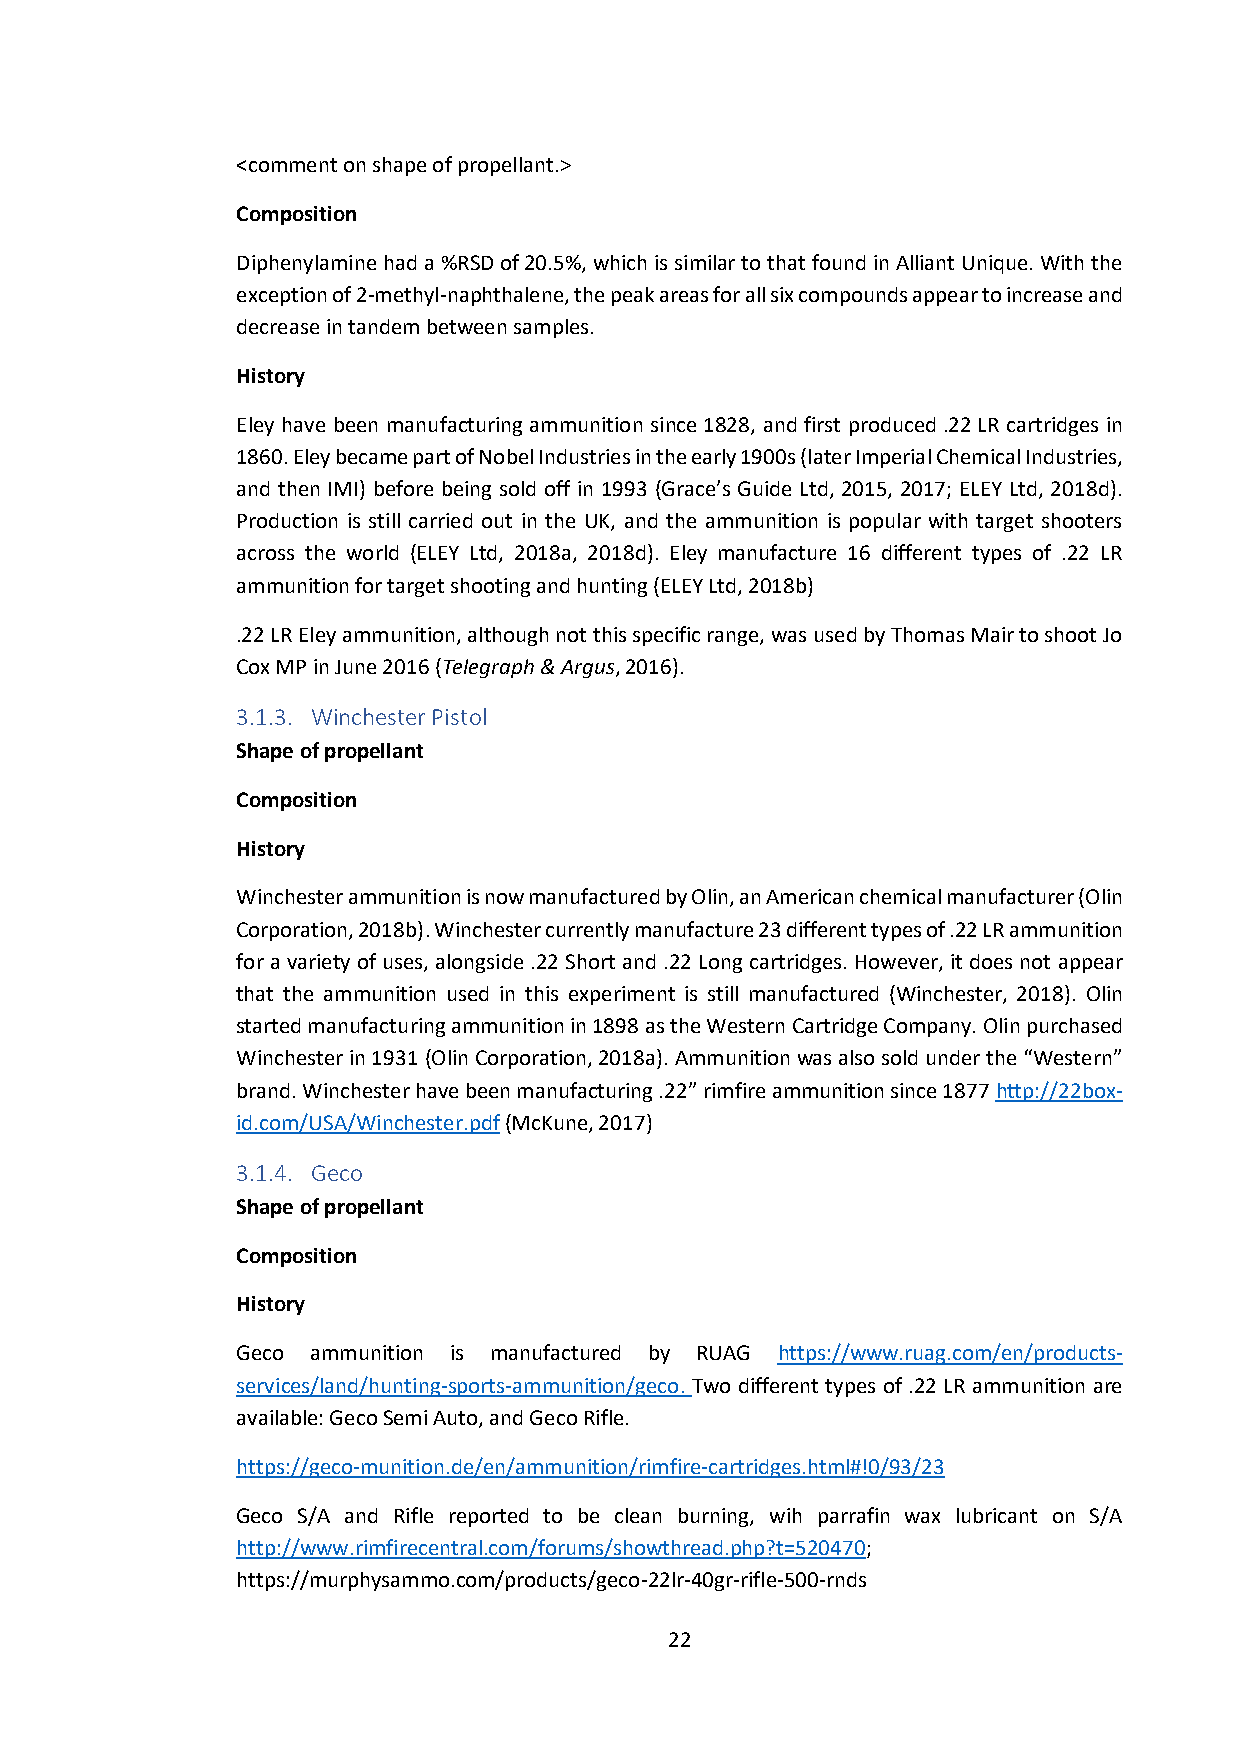
<comment on shape of propellant.>
 Composition
 Diphenylamine had a %RSD of 20.5%, which is similar to that found in Alliant Unique. With the
 exception of 2-methyl-naphthalene, the peak areas for all six compounds appear to increase and
 decrease in tandem between samples.
 History
 Eley have been manufacturing ammunition since 1828, and first produced .22 LR cartridges in
 1860. Eley became part of Nobel Industries in the early 1900s (later Imperial Chemical Industries,
 and then IMI) before being sold off in 1993 (Grace’s Guide Ltd, 2015, 2017; ELEY Ltd, 2018d).
 Production is still carried out in the UK, and the ammunition is popular with target shooters
 across the world (ELEY Ltd, 2018a, 2018d). Eley manufacture 16 different types of .22 LR
 ammunition for target shooting and hunting (ELEY Ltd, 2018b)
 .22 LR Eley ammunition, although not this specific range, was used by Thomas Mair to shoot Jo
 Cox MP in June 2016 (Telegraph & Argus, 2016).
 3.1.3. Winchester Pistol
 Shape of propellant
 Composition
 History
 Winchester ammunition is now manufactured by Olin, an American chemical manufacturer (Olin
 Corporation, 2018b). Winchester currently manufacture 23 different types of .22 LR ammunition
 for a variety of uses, alongside .22 Short and .22 Long cartridges. However, it does not appear
 that the ammunition used in this experiment is still manufactured (Winchester, 2018). Olin
 started manufacturing ammunition in 1898 as the Western Cartridge Company. Olin purchased
 Winchester in 1931 (Olin Corporation, 2018a). Ammunition was also sold under the “Western”
 brand. Winchester have been manufacturing .22” rimfire ammunition since 1877 http://22box-
 id.com/USA/Winchester.pdf (McKune, 2017)
 3.1.4. Geco
 Shape of propellant
 Composition
 History
 Geco ammunition is manufactured by RUAG https://www.ruag.com/en/products-
 services/land/hunting-sports-ammunition/geco. Two different types of .22 LR ammunition are
 available: Geco Semi Auto, and Geco Rifle.
 https://geco-munition.de/en/ammunition/rimfire-cartridges.html#!0/93/23
 Geco S/A and Rifle reported to be clean burning, wih parrafin wax lubricant on S/A
 http://www.rimfirecentral.com/forums/showthread.php?t=520470;
 https://murphysammo.com/products/geco-22lr-40gr-rifle-500-rnds
 22